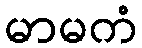
မာမကံ